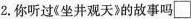
2.你听过《坐井观天》的故事吗□